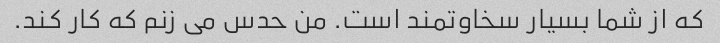
که از شما بسیار سخاوتمند است. من حدس می زنم که کار کند.